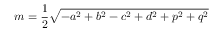
m = { \frac { 1 } { 2 } } { \sqrt { - a ^ { 2 } + b ^ { 2 } - c ^ { 2 } + d ^ { 2 } + p ^ { 2 } + q ^ { 2 } } }